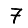
Digit: 7